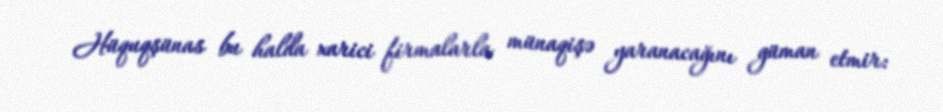
Hüquqşünas bu halda xarici firmalarla münaqişə yaranacağını güman etmir: